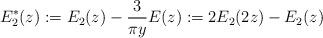
LaTeX: \begin{align*}E_2^*(z) := E_2(z) - \frac{3}{\pi y} E(z) := 2E_2(2z) - E_2(z)\end{align*}